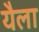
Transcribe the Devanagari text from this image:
यैला